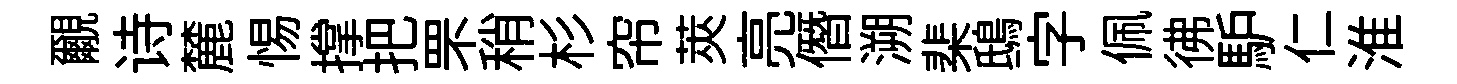
覼诗麓惕撑把罘稍杉帘莢亮僭溯棐鴟字佩彿馿仁淮